Report on vaccination in Madras 1895-1903 - 1895-1903
Year: 1895
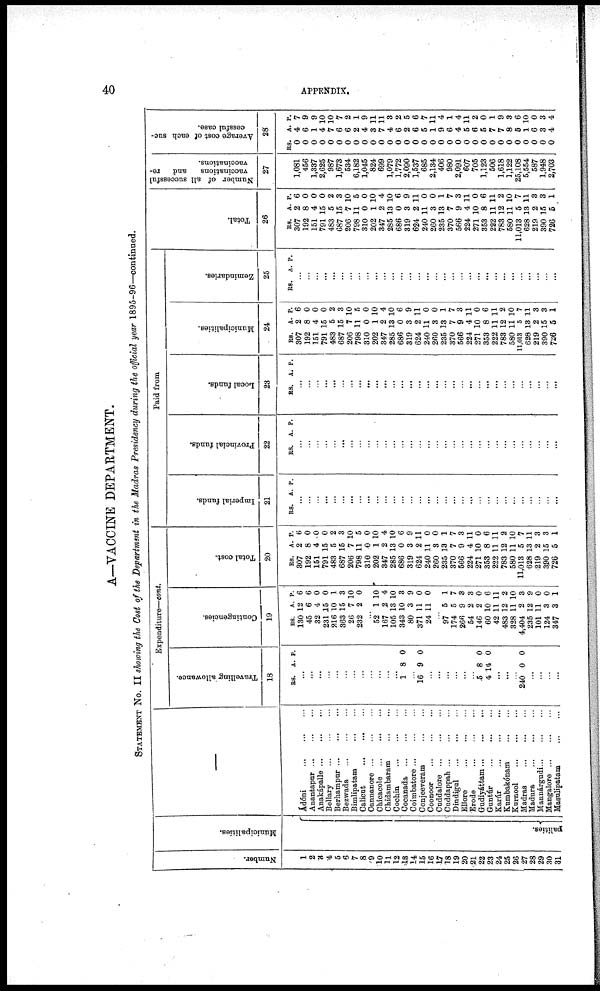
40
APPENDIX.
A—VACCINE DEPARTMENT.
STATEMENT No. II showing the Cost of the Department in the Madras Presidency during the official year 1895-96—continued.
Number.
1
2
3
4
5
6
7
8
9
10
11
12
13
14
15
16
17
18
19
20
21
22
23
24
25
26
27
28
29
30
31
Municipalities.
palities.
—
Ádóni
...
...
...
Anantapur
...
...
...
Anakápalle ... ... ...
Bellary
...
...
...
Berhampur ... ... ...
Bezwada ... ... ...
Bimlipatam ... ...
Calicut
...
...
...
Cannanore
...
...
...
Chicacole
...
...
...
Chidambaram
...
...
Cochin
...
...
...
Cocanada
...
...
...
Coimbatore ... ... ...
Conjeeveram
...
...
Coonoor
...
...
...
Cuddalore
...
...
...
Cuddappah ... ... ...
Dindigul ... ... ...
Ellore
...
...
...
Erode
...
...
...
Gudiyattam ... ... ...
Guntúr ... ... ...
Karúr
...
...
...
Kumbakónam
...
...
Kurnool
...
...
...
Madras
...
...
...
Madura
...
...
...
Mannárgudi ... ... ...
Mangalore ... ... ...
Masulipatam
...
...
Expenditure—cont.
Travelling allowance.
18
RS. A. P.
...
...
...
...
...
...
...
...
...
...
...
...
1 8 0
...
16 9 0
...
...
...
...
...
...
5
4
8
14
0
0
...
...
...
240 0 0
...
...
...
...
Contingencies.
19
RS.
130
45
32
231
216
363
26
232
A.
12
6
4
15
10
15
7
2
P.
6
6
0
0
1
3
10
0
...
52
167
105
343
80
371
24
1
2
13
10
3
11
11
10
4
10
3
9
0
0
...
97
174
266
54
146
60
42
483
328
4,404
235
101
124
347
5
5
9
2
2
10
11
12
11
2
12
11
3
3
1
7
3
3
0
6
11
2
10
3
9
0
0
1
Total cost.
20
RS.
307
192
151
791
483
687
206
798
310
202
347
285
686
319
624
240
260
235
370
566
224
271
353
222
783
580
11,013
628
219
390
726
A.
2
8
4
15
5
15
7
11
0
1
2
13
0
3
2
11
3
13
7
9
4
10
8
11
12
11
5
13
2
15
5
P.
6
0
0
0
2
3
10
5
0
10
4
10
6
9
11
0
0
1
7
3
11
0
6
11
2
10
7
11
3
3
1
Paid from
Imperial funds.
21
RS. A. P.
...
...
...
...
...
...
...
...
...
...
...
...
...
...
...
...
...
...
...
...
...
...
...
...
...
...
...
...
...
...
...
Provincial funds.
22
RS. A. P.
...
...
...
...
...
...
...
...
...
...
...
...
...
...
...
...
...
...
...
...
...
...
...
...
...
...
...
...
...
...
...
Local funds.
23
RS. A. P.
...
...
...
...
...
...
...
...
...
...
...
...
...
...
...
...
...
...
...
...
...
...
...
...
...
...
...
...
...
...
...
Municipalities.
24
RS.
307
192
151
791
483
687
206
798
310
202
347
285
686
319
624
240
260
235
370
566
224
271
353
222
783
580
11,013
628
219
390
726
A.
2
8
4
15
5
15
7
11
0
1
2
13
0
3
2
11
3
13
7
9
4
10
8
11
12
11
5
13
2
15
5
P.
6
0
0
0
2
3
10
5
0
10
4
10
6
9
11
0
0
1
7
3
11
0
6
11
2
10
7
11
3
3
1
Zemindaries.
25
RS. A. P.
...
...
...
...
...
...
...
...
...
...
...
...
...
...
...
...
...
...
...
...
...
...
...
...
...
...
...
...
...
...
...
Total.
26
RS.
307
192
151
791
483
687
206
798
310
202
347
285
686
319
624
240
260
235
370
566
224
271
353
222
783
580
11,013
628
219
390
726
A.
2
8
4
15
5
15
7
11
0
1
2
13
0
3
2
11
3
13
7
9
4
10
8
11
12
11
5
13
2
15
5
P.
6
0
0
0
2
3
10
5
0
10
4
10
6
9
11
0
0
1
7
3
11
0
6
11
2
10
7
11
3
3
1
Number of all successful
vaccinations
and re-
vaccinations.
27
1,081
456
1,337
2,625
987
1,673
534
6,182
1,045
824
699
1,079
1,772
2,090
1,537
685
2,134
406
980
2,091
607
705
1,123
506
1,618
1,122
25,108
5,554
587
1,948
2,703
Average cost of each suc-
cessful case.
28
RS.
0
0
0
0
0
0
0
0
0
0
0
0
0
0
0
0
0
0
0
0
0
0
0
0
0
0
0
0
0
0
0
A
4
6
1
4
7
6
6
2
4
3
7
4
6
2
6
5
1
9
6
4
5
6
5
7
7
8
5
1
6
3
4
P.
7
9
9
10
10
7
2
1
9
11
11
3
2
5
6
7
11
4
1
4
11
2
0
1
9
3
6
10
0
3
4